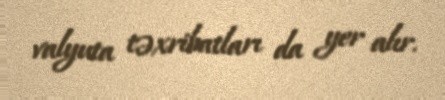
valyuta təxribatları da yer alır.